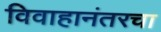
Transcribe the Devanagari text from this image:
विवाहानंतरचा